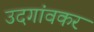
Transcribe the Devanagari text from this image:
उदगांवकर